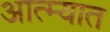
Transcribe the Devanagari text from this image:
आत्म्यात